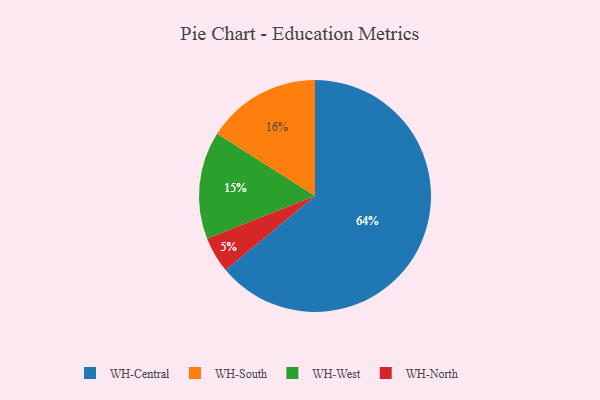
{"axis": {"x": "Category", "y": "Percentage"}, "legend": ["WH-Central", "WH-North", "WH-South", "WH-West"], "data": [{"x": "WH-North", "y": 5, "type": "WH-North"}, {"x": "WH-Central", "y": 64, "type": "WH-Central"}, {"x": "WH-South", "y": 16, "type": "WH-South"}, {"x": "WH-West", "y": 15, "type": "WH-West"}]}